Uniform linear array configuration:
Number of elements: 12
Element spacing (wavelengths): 1
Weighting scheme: binomial
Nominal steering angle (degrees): -15
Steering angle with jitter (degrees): -15.924
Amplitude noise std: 0.05
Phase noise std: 0.05

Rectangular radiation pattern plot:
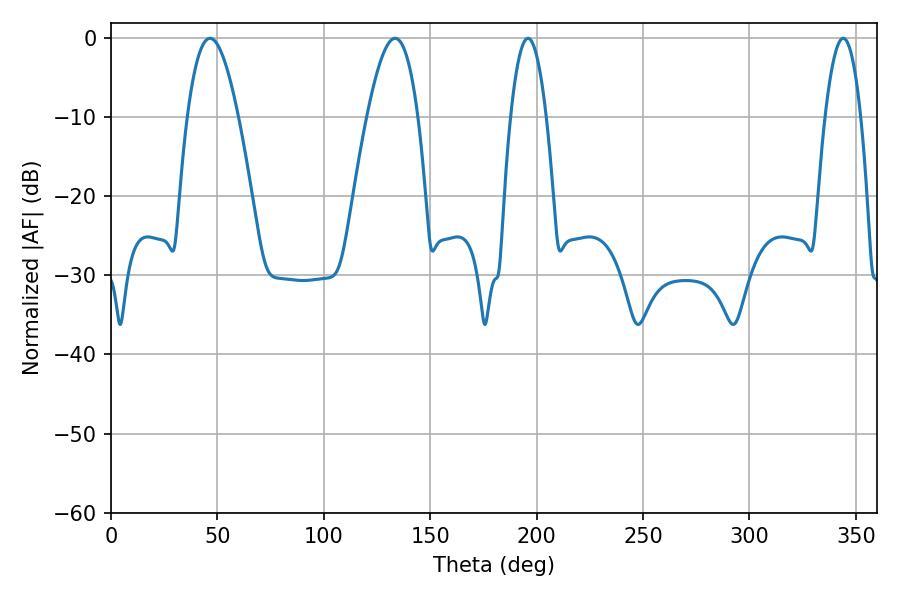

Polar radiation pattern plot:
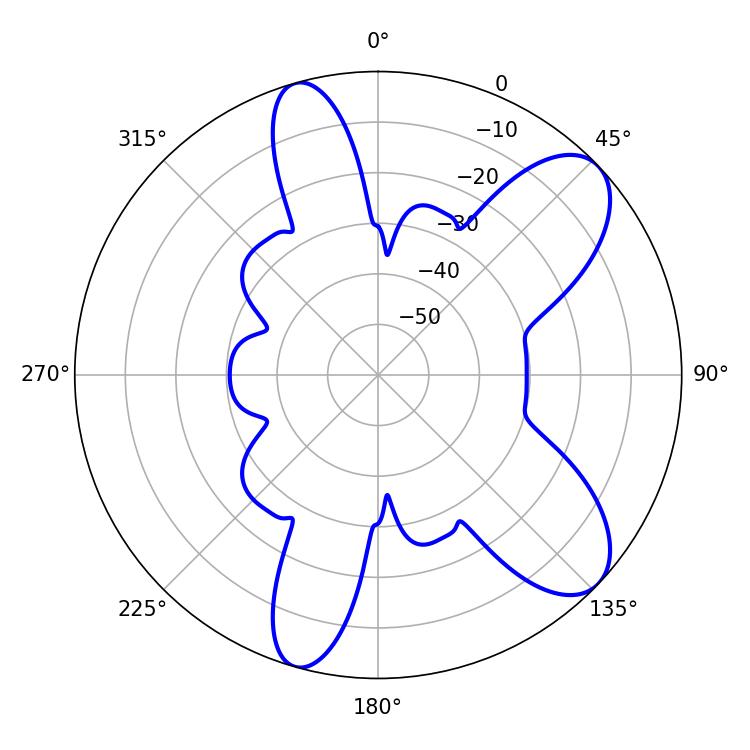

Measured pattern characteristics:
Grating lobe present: TRUE
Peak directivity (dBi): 8.802
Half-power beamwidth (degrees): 13.14
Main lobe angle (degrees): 46.44